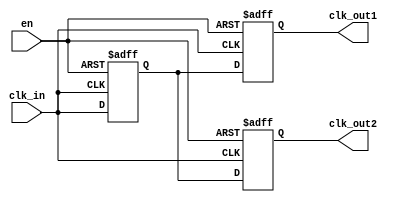
module basic_clock_buffer (
    input wire clk_in,      // Clock input
    input wire en,         // Enable signal
    output reg clk_out1,   // First clock output
    output reg clk_out2    // Second clock output
    // You can add more outputs as needed
);

// Internal signal for the buffered clock
reg clk_buffer;

// Always block to handle clock buffering
always @(posedge clk_in or negedge en) begin
    if (!en) begin
        // When disabled, hold outputs low (or tri-state if needed)
        clk_buffer <= 1'b0;
        clk_out1 <= 1'b0;
        clk_out2 <= 1'b0;
    end else begin
        // Buffer the clock signal
        clk_buffer <= clk_in;
        clk_out1 <= clk_buffer;
        clk_out2 <= clk_buffer;
    end
end

endmodule